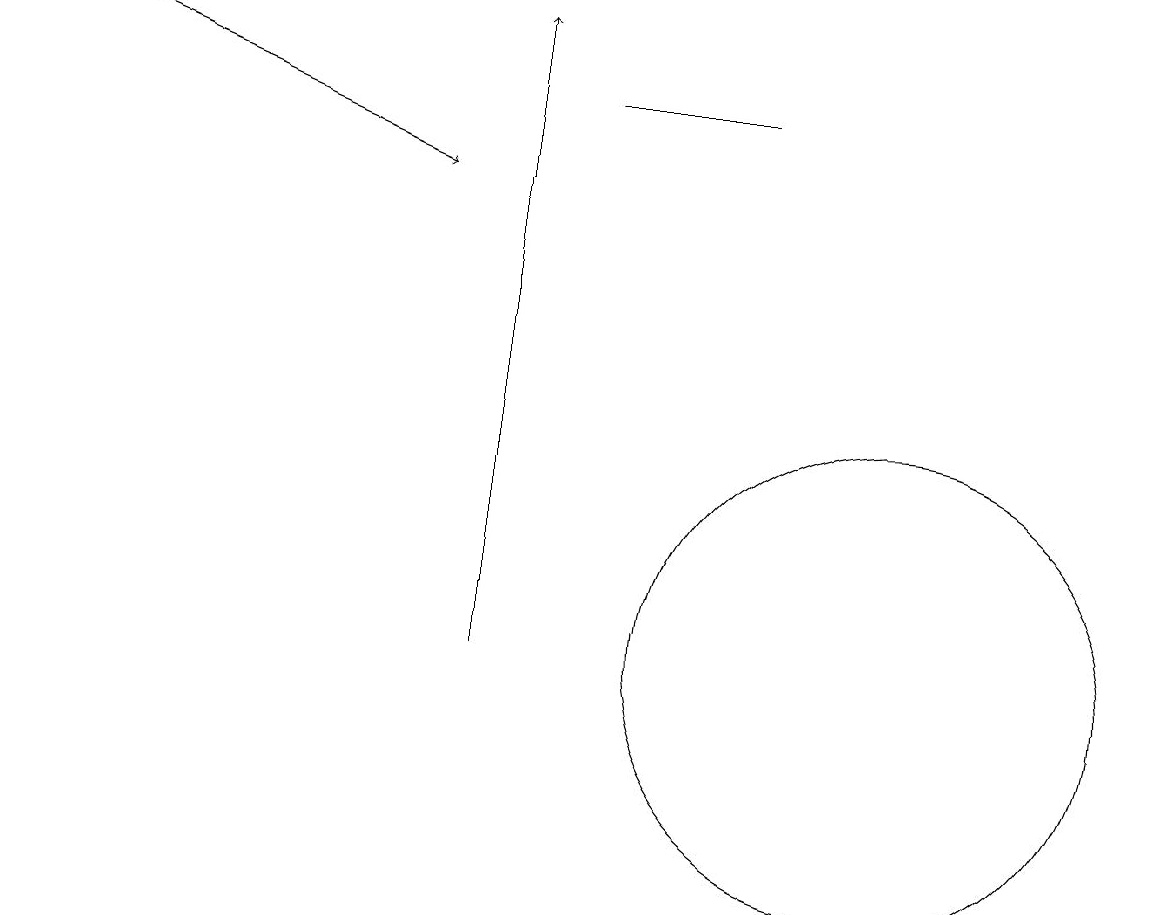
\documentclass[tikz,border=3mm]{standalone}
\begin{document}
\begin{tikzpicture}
\draw (11,11) circle (3);
\draw[->] (0,19) -- (5,17);
\draw (7,18) rectangle (9,18);
\draw[->] (6,11) -- (6,19);
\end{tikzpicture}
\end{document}